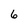
Character: 6